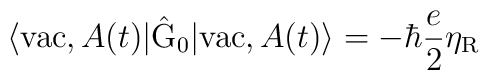
\langle {\rm vac},A(t)| \hat{\rm G}_0 | {\rm vac},A(t) \rangle= - \hbar \frac{e}{2} {\eta}_{\rm R}